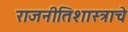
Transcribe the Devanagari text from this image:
राजनीतिशास्त्राचे